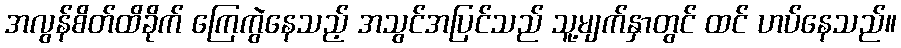
အလွန်စိတ်ထိခိုက် ကြေကွဲနေသည့် အသွင်အပြင်သည် သူ့မျက်နှာတွင် ထင် ဟပ်နေသည်။